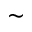
\sim